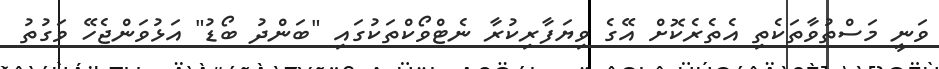
ވަނީ މަސްތުވާތަކެތި އެތެރެކޮށް އޭގެ ވިޔަފާރިކުރާ ނެޓްވޯކްތަކުގައި "ބަންދު ބޯޑު" އަޅުވަންޖެހޭ ވަގުތު